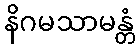
နိဂမသာမန္တံ